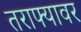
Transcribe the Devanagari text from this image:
तराफ्यावर